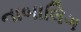
નાબાલિગ